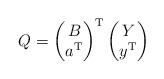
LaTeX: \begin{align*}Q= \left(\begin{matrix}B \\ a^{\mathrm T}\end{matrix} \right)^{\mathrm T} \left(\begin{matrix}Y \\ y^{\mathrm T}\end{matrix} \right)\end{align*}